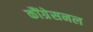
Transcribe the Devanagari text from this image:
कौंग्रेसनल